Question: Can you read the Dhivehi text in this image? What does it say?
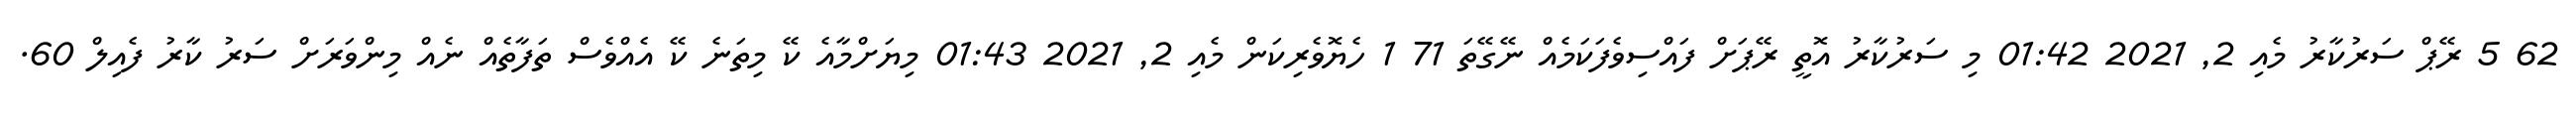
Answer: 62 5 ރޭޕް ސަރުކާރު މެއި 2, 2021 01:42 މި ސަރުކާރު އޮތީ ރޭޕަށް ފައްސިވެފަކަމެއް ނޭގޭތަ 71 1 ހެޔޮވެރިކަން މެއި 2, 2021 01:43 މިޔަށްމާއެ ކޭ މިތަނެ ކޭ އެއްވެސް ތަފާތެއް ނެއް މިންވަރަށް ސަރު ކާރު ފެއިލް 60.